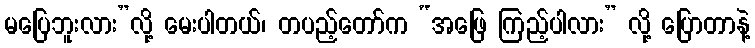
မပြေဘူးလား”လို့ မေးပါတယ်၊ တပည့်တော်က “အဖြေ ကြည့်ပါလား” လို့ ပြောတာနဲ့